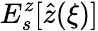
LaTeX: E_{s}^{z}[\hat{z}(\xi)]